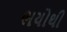
ભયોથી